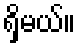
ရှိမယ်။